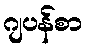
ဂျပန်စာ